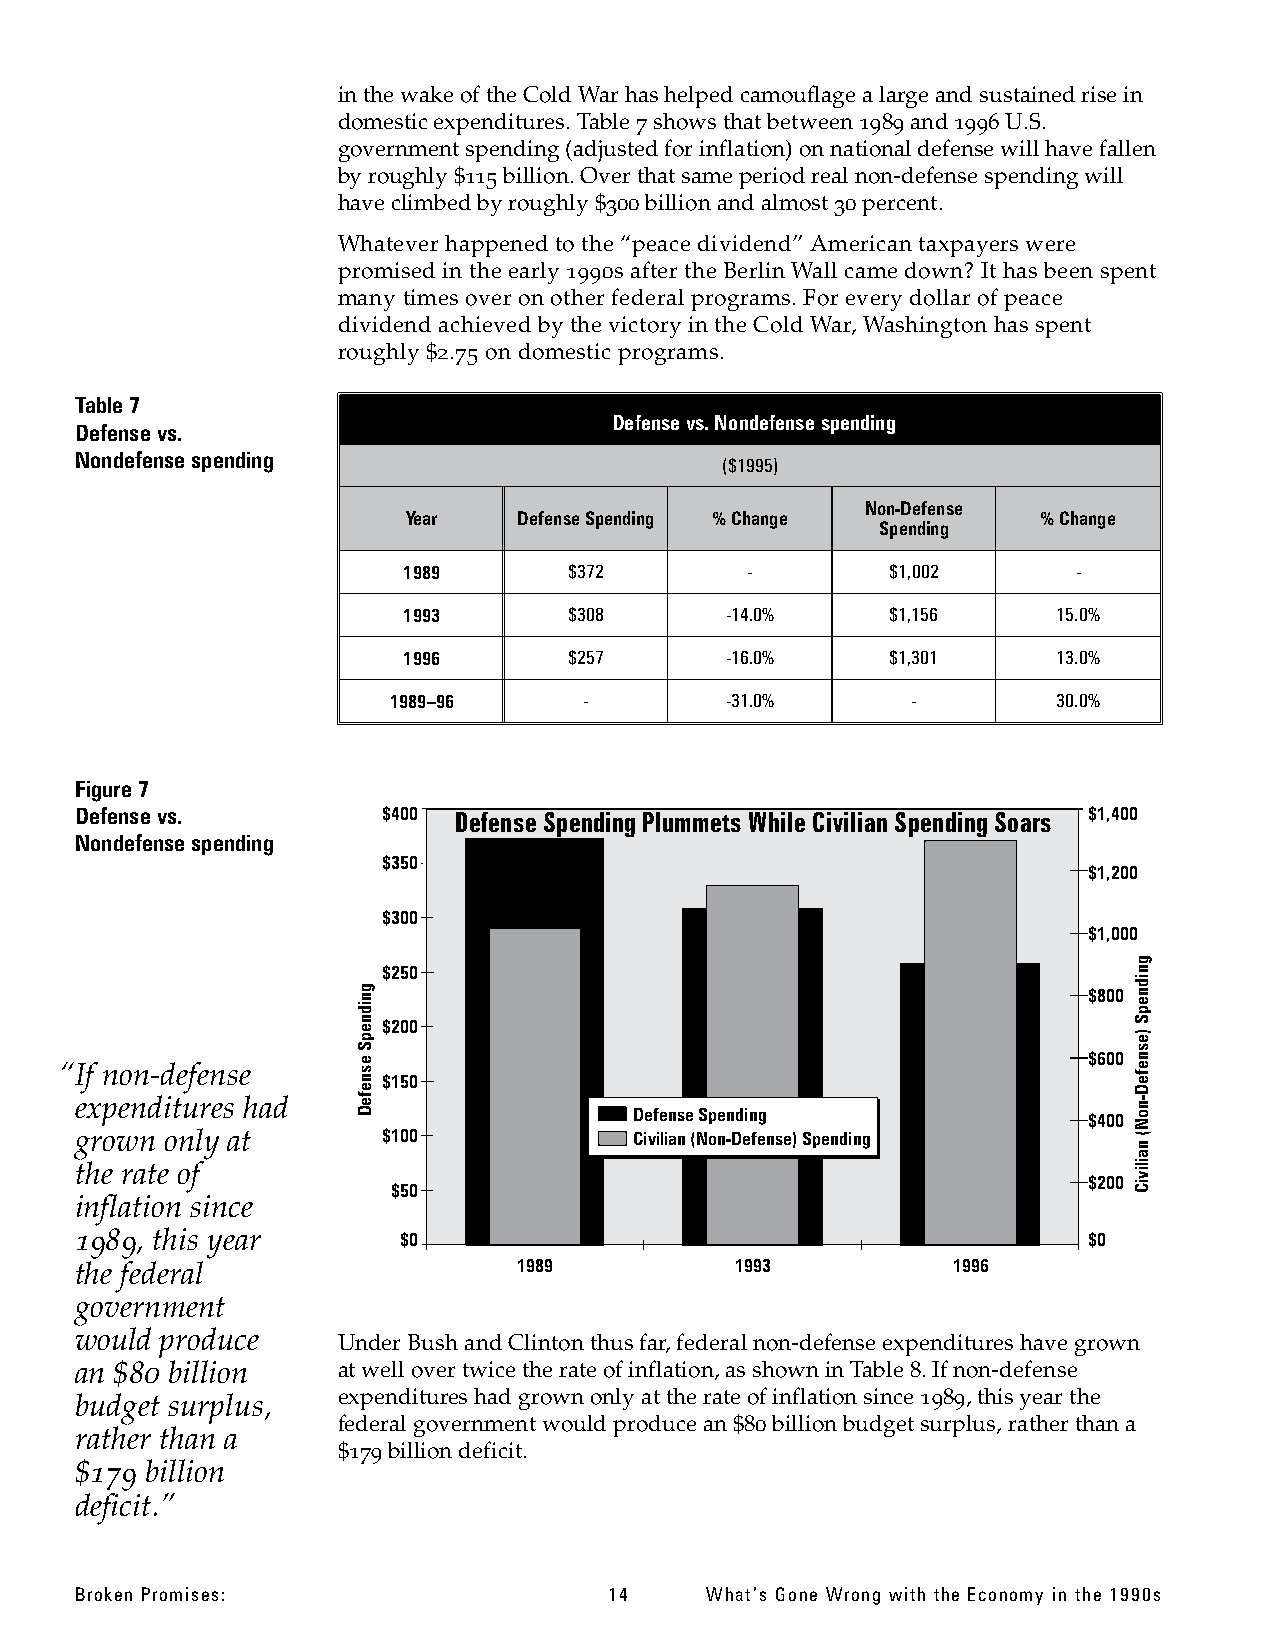
in the wakeof theCold War hashelpedcamouflage a large andsustainedrise in
 domestic expenditures. Table 7shows thatbetween 1989and1996U.S.
 governmentspending(adjustedfor inflation) on nationaldefensewillhave fallen
 by roughly $115billion.Over thatsame periodreal non-defensespendingwill
 have climbedbyroughly $300billionandalmost30percent.
 Whatever happened to the “peace dividend”Americantaxpayerswere
 promised in the early 1990s after the BerlinWall came down? It hasbeen spent
 many timesover onother federal programs. For every dollar of peace
 dividend achieved by the victory in the Cold War, Washington hasspent
 roughly $2.75 on domestic programs.
 Table7
 Defensevs. Nondefense spending
 Defensevs.
 Nondefensespending
 ($1995)
 Non-Defense
 Year   Defense Spending %Change           % Change
 Spending
 1989       $372       -         $1,002      -
 1993       $308      -14.0%     $1,156     15.0%
 1996       $257      -16.0%     $1,301     13.0%
 1989–96      -        -31.0%      -         30.0%
 Figure 7
 Defensevs.          $400 Defense Spending Plummets While Civilian Spending Soars $1,400
 Nondefensespending
 $350
 $1,200
 $300
 $1,000
 g
 $250                                              n
 ding                                            $800
 pendi
 pen $200                                           e)S
 S                                                  s
 “If non-defense
 nse
 $150
 $600 efen
 e                                                  D
 expenditures had   Def
 DefenseSpending               $400
 Non-
 grown only at       $100             Civilian(Non-Defense)Spending    (
 n
 a
 the rate of
 $50
 $200
 Civili
 inflation since
 1989, this year      $0                                            $0
 the federal                  1989           1993          1996
 government
 would produce    Under Bush andClinton thusfar,federalnon-defenseexpenditures have grown
 an $80 billion   atwell over twicetherateof inflation,as shown in Table 8.Ifnon-defense
 budget surplus,  expenditures had grown only attherateof inflationsince1989,thisyear the
 federal governmentwouldproduce an $80billionbudgetsurplus, ratherthana
 rather than a
 $179billiondeficit.
 $179 billion
 deficit.”
 Broken Promises:                   14     What’s Gone Wrong with the Economy in the 1990s